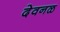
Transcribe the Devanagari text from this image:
देवनळ